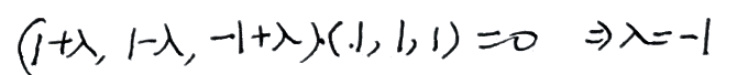
$( 1 + \lambda, 1 - \lambda, - 1 + \lambda ) ( 1, 1, 1 ) = 0 \Rightarrow \lambda = - 1$